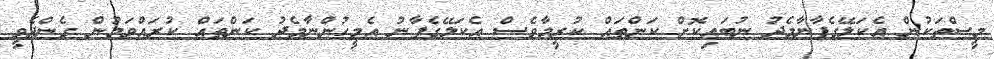
މީސްތަކުން އެކަލޭގެފާނާމެދު ނުބައިކޮށް ކަންތައް ކުރީމާވެސް އެކަލޭގެފާނު އެމީހުންނާމެދު ކަންތައް ކުރައްވަމުން ގެންދެވީ